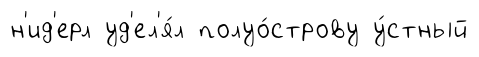
н'ид'ерл уд'ел'я́л полуо́строву у́стный